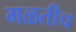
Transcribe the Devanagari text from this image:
गळतीच